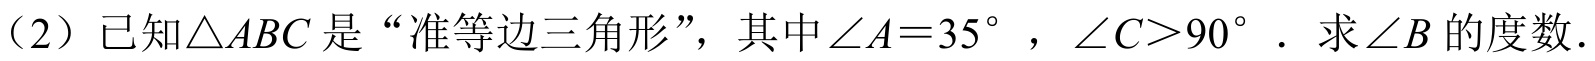
（2）已知\(\triangle ABC\)是“准等边三角形”，其中\(\angle A = 35^{\circ}\)，\(\angle C>90^{\circ}\)．求\(\angle B\)的度数．